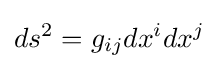
ds^{2}=g_{ij}dx^{i}dx^{j}